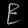
Digit: ၉